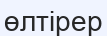
өлтірер